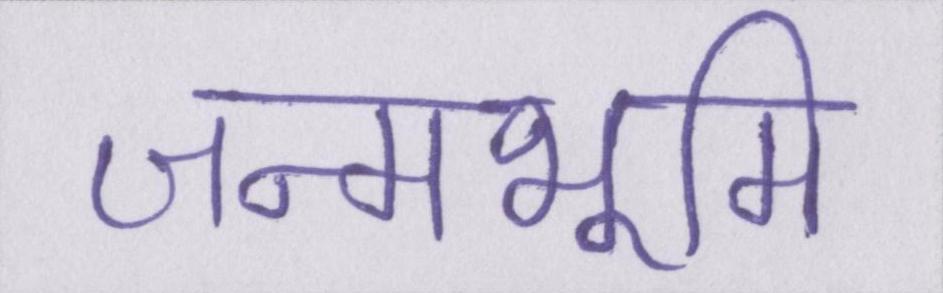
जन्मभूमि